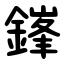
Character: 鎽